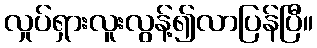
လှုပ်ရှားလူးလွန့်၍လာပြန်ပြီ။